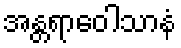
အန္တရာဝေါသာနံ